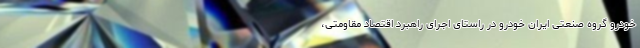
خودرو گروه صنعتی ایران خودرو در راستای اجرای راهبرد اقتصاد مقاومتی،